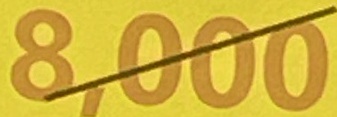
8.000